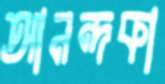
আনন্দকা